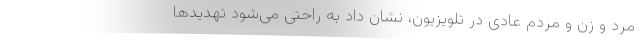
مرد و زن و مردم عادی در تلویزیون، نشان داد به راحتی می‌شود تهدیدها